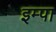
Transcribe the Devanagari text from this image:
इम्पा